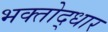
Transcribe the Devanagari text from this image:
भक्तोद्धार